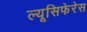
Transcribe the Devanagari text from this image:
ल्यूसिफेरेस